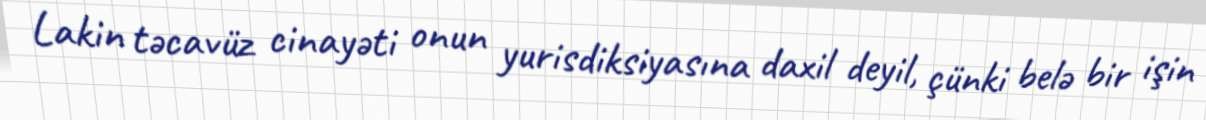
Lakin təcavüz cinayəti onun yurisdiksiyasına daxil deyil, çünki belə bir işin